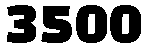
3500